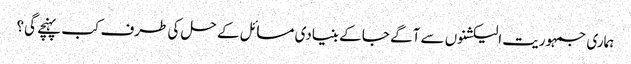
ہماری جمہوریت الیکشنوں سے آگے جا کے بنیادی مسائل کے حل کی طرف کب پہنچے گی؟